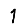
Digit: 1